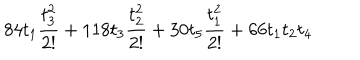
LaTeX: 8 4 t _ { 1 } \frac { t _ { 3 } ^ { 2 } } { 2 ! } + 1 1 8 t _ { 3 } \frac { t _ { 2 } ^ { 2 } } { 2 ! } + 3 0 t _ { 5 } \frac { t _ { 1 } ^ { 2 } } { 2 ! } + 6 6 t _ { 1 } t _ { 2 } t _ { 4 }